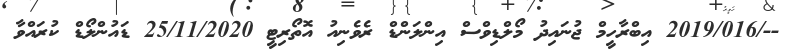
--/2019/016 އިބްރާހީމް ޖުނައިދު މޯލްޑިވްސް އިންލަންޑް ރެވެނިއު އޮތޯރިޓީ 25/11/2020 ޑައުންލޯޑް ކުރައްވާ